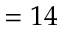
= 1 4